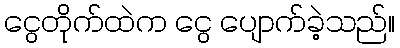
ငွေတိုက်ထဲက ငွေ ပျောက်ခဲ့သည်။